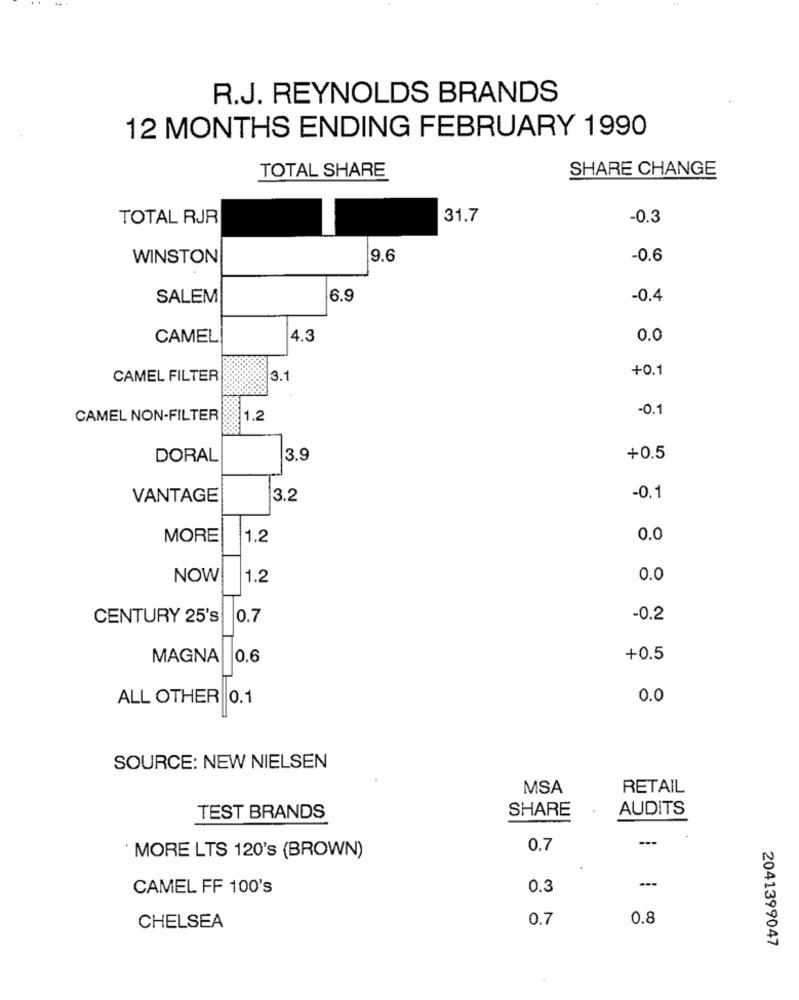
R.J. REYNOLDS BRANDS
12 MONTHS ENDING FEBRUARY 1990
TOTAL SHARE
SHARE CHANGE
TOTAL RJR
31.7
-0.3
WINSTON
9.6
-0.6
SALEM
6.9
-0.4
CAMEL
4.3
0.0
+0.1
CAMEL FILTER
3.1
-0.1
CAMEL NON-FILTER
1.2
DORAL
3.9
+0.5
VANTAGE
3.2
-0.1
MORE
1.2
0.0
NOW
|1.2
0.0
CENTURY 25's
0.7
-0.2
MAGNA
|0.6
+0.5
ALL OTHER 0.1
0.0
SOURCE: NEW NIELSEN
MSA
RETAIL
SHARE
AUDITS
TEST BRANDS
---
0.7
MORE LTS 120's (BROWN)
CAMEL FF 100's
0.3
0.7
0.8
CHELSEA
2041399047